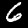
Digit: 6